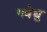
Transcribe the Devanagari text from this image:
गवेधु